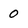
Character: 0